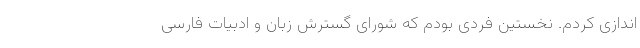
‌اندازی کردم. نخستین فردی بودم که شورای گسترش زبان و ادبیات فارسی